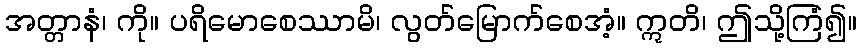
အတ္တာနံ၊ ကို။ ပရိမောစေဿာမိ၊ လွတ်မြောက်စေအံ့။ ဣတိ၊ ဤသို့ကြံ၍။